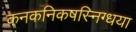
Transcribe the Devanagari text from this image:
कनकनिकषस्निग्धया